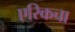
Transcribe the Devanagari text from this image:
एरिकचा